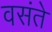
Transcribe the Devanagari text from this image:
वसंते